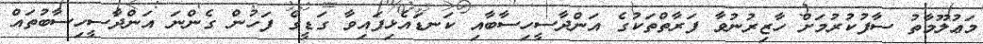
މަޢުލޫމާތު ސާފުކުރުމަށް ހާޒިރުނުވާ ފަރާތްތަކުގެ އަންދާސީހިސާބާއި ކަނޑައެޅިފައިވާ ގަޑީގެ ފަހުން ގެންނަ އަންދާސީހިސާބުތައް